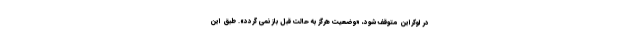
در اوکراین متوقف شود، «وضعیت هرگز به حالت قبل باز نمی گردد». طبق این